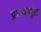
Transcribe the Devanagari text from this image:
प्रो।अब्दुल